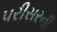
પરીસરની